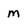
Character: M